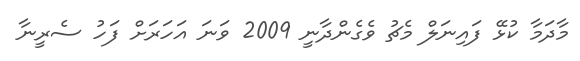
މާދަމާ ކުޅޭ ފައިނަލް މެޗު ވެގެންދާނީ 2009 ވަނަ އަހަރަށް ފަހު ސެރީނާ